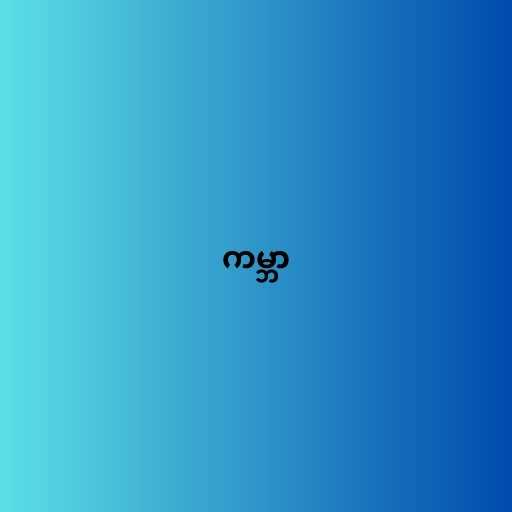
ကမ္ဘာ